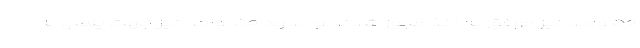
۵۰ واحد نیز موفق به اخذ مجوز شدند و حدود ۱۵۰ واحد نیز جهت پلمب به